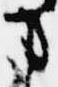
事